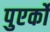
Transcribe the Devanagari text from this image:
पुएर्को